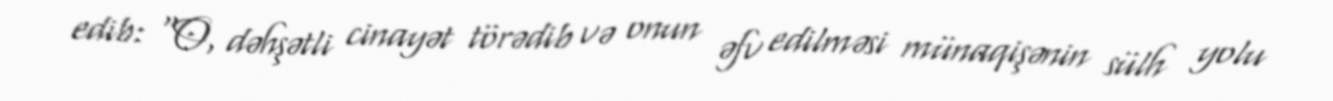
edib: “O, dəhşətli cinayət törədib və onun əfv edilməsi münaqişənin sülh yolu